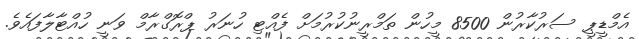
އެމްޑީޕީ ސަރުކާރުން 8500 މީހުން ތަމްރީނުކުރުމަށް ފެއްޓި ހުނަރު ޕްރޮގްރާމް ވަނީ ހުއްޓާލާފައެވެ.